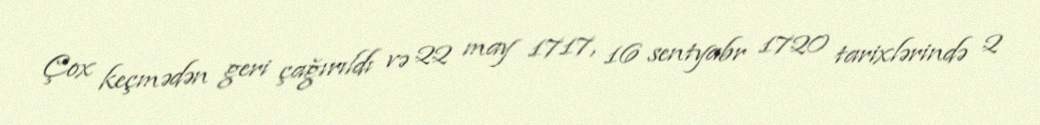
Çox keçmədən geri çağırıldı və 22 may 1717, 16 sentyabr 1720 tarixlərində 2